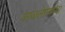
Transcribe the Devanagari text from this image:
वगळलेपणाचा